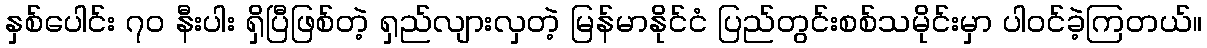
နှစ်ပေါင်း ၇၀ နီးပါး ရှိပြီဖြစ်တဲ့ ရှည်လျားလှတဲ့ မြန်မာနိုင်ငံ ပြည်တွင်းစစ်သမိုင်းမှာ ပါဝင်ခဲ့ကြတယ်။